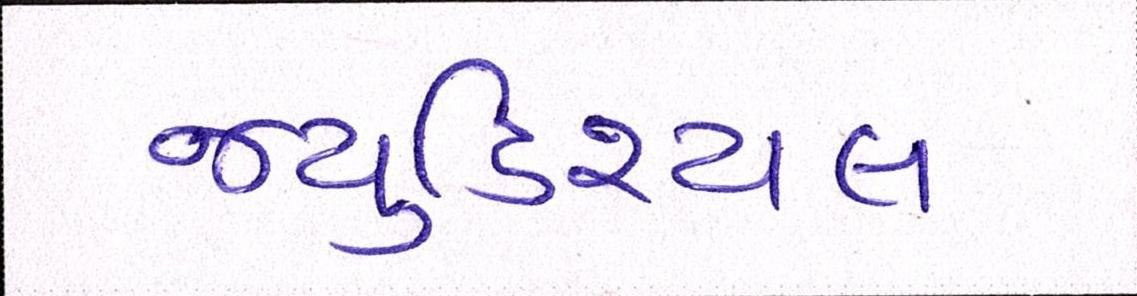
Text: જ્યુડિશ્યલ